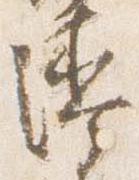
漆